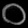
Digit: ၀